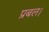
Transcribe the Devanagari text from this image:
प्रबल।